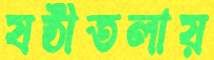
ষষ্ঠীতলায়